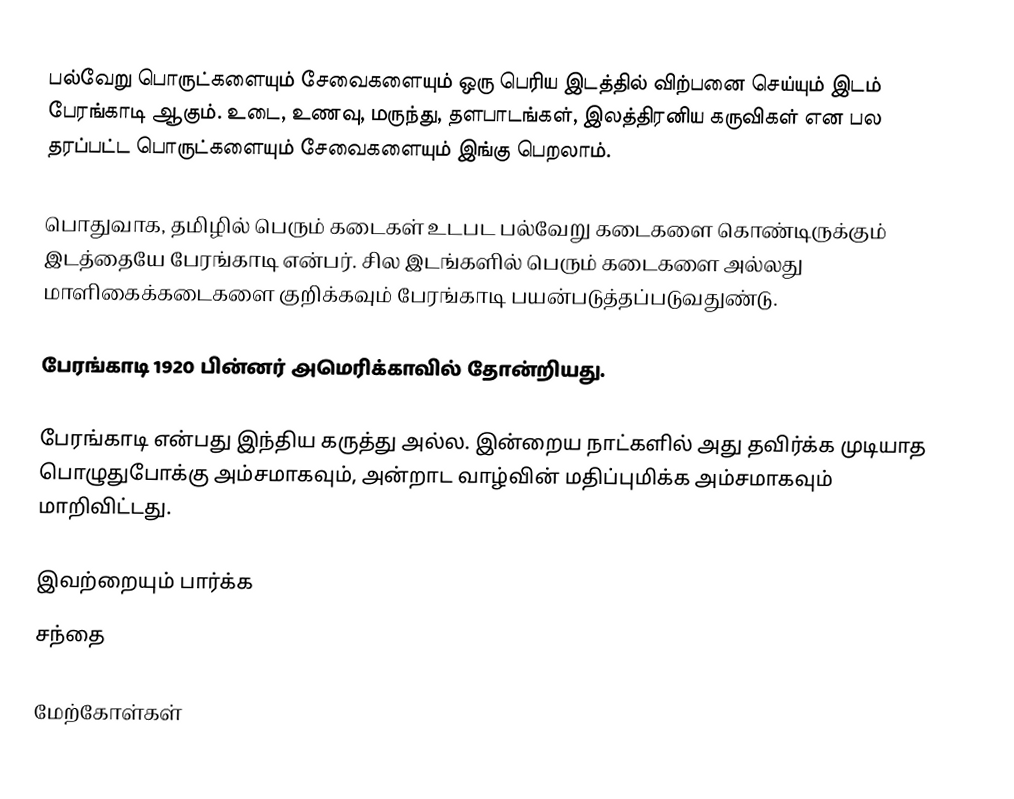
பல்வேறு பொருட்களையும் சேவைகளையும் ஒரு பெரிய இடத்தில் விற்பனை செய்யும் இடம் பேரங்காடி ஆகும். உடை, உணவு, மருந்து, தளபாடங்கள், இலத்திரனிய கருவிகள் என பல தரப்பட்ட பொருட்களையும் சேவைகளையும் இங்கு பெறலாம்.

பொதுவாக, தமிழில் பெரும் கடைகள் உடபட பல்வேறு கடைகளை கொண்டிருக்கும் இடத்தையே பேரங்காடி என்பர். சில இடங்களில் பெரும் கடைகளை அல்லது மாளிகைக்கடைகளை குறிக்கவும் பேரங்காடி பயன்படுத்தப்படுவதுண்டு.

பேரங்காடி 1920 பின்னர் அமெரிக்காவில் தோன்றியது.

பேரங்காடி என்பது இந்திய கருத்து அல்ல. இன்றைய நாட்களில் அது தவிர்க்க முடியாத பொழுதுபோக்கு அம்சமாகவும், அன்றாட வாழ்வின் மதிப்புமிக்க அம்சமாகவும் மாறிவிட்டது.

இவற்றையும் பார்க்க
 சந்தை

மேற்கோள்கள்